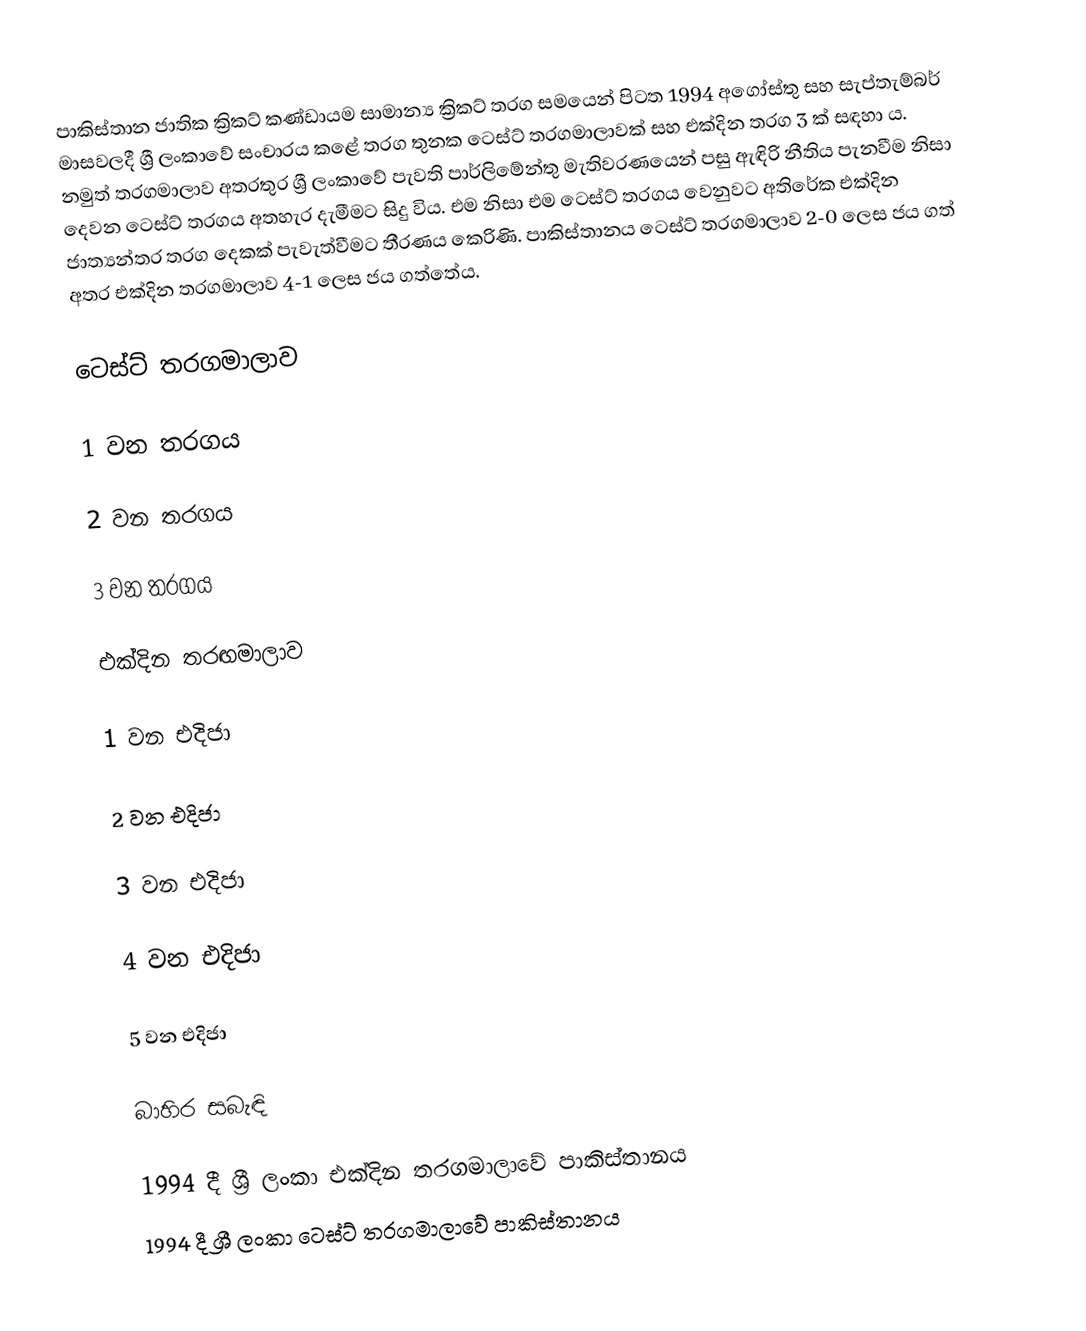
පාකිස්තාන ජාතික ක්‍රිකට් කණ්ඩායම සාමාන්‍ය ක්‍රිකට් තරග සමයෙන් පිටත 1994 අගෝස්තු සහ සැප්තැම්බර් මාසවලදී ශ්‍රී ලංකාවේ සංචාරය කළේ තරග තුනක ටෙස්ට් තරගමාලාවක් සහ එක්දින තරග 3 ක් සඳහා ය. නමුත් තරගමාලාව අතරතුර ශ්‍රී ලංකාවේ පැවති  පාර්ලිමේන්තු මැතිවරණයෙන් පසු ඇඳිරි නීතිය පැනවීම නිසා දෙවන ටෙස්ට් තරගය අතහැර දැමීමට සිදු විය. එම නිසා එම ටෙස්ට් තරගය වෙනුවට අතිරේක එක්දින ජාත්‍යන්තර තරග දෙකක් පැවැත්වීමට තීරණය කෙරිණි. පාකිස්තානය ටෙස්ට් තරගමාලාව 2-0 ලෙස ජය ගත් අතර එක්දින තරගමාලාව 4-1 ලෙස ජය ගත්තේය.

ටෙස්ට් තරගමාලාව

1 වන තරගය

2 වන තරගය

3 වන තරගය

එක්දින තරඟමාලාව

1 වන එදිජා

2 වන එදිජා

3 වන එදිජා

4 වන එදිජා

5 වන එදිජා

බාහිර සබැඳි

 1994 දී ශ්‍රී ලංකා එක්දින තරගමාලාවේ පාකිස්තානය
 1994 දී ශ්‍රී ලංකා ටෙස්ට් තරගමාලාවේ පාකිස්තානය